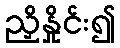
ညှိနှိုင်း၍